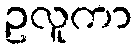
ဥလူကာ